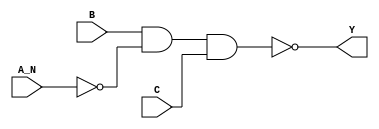
/*
 * Copyright 2020 The SkyWater PDK Authors
 *
 * Licensed under the Apache License, Version 2.0 (the "License");
 * you may not use this file except in compliance with the License.
 * You may obtain a copy of the License at
 *
 *     https://www.apache.org/licenses/LICENSE-2.0
 *
 * Unless required by applicable law or agreed to in writing, software
 * distributed under the License is distributed on an "AS IS" BASIS,
 * WITHOUT WARRANTIES OR CONDITIONS OF ANY KIND, either express or implied.
 * See the License for the specific language governing permissions and
 * limitations under the License.
 *
 * SPDX-License-Identifier: Apache-2.0
*/


`ifndef SKY130_FD_SC_HDLL__NAND3B_FUNCTIONAL_V
`define SKY130_FD_SC_HDLL__NAND3B_FUNCTIONAL_V

/**
 * nand3b: 3-input NAND, first input inverted.
 *
 * Verilog simulation functional model.
 */

`timescale 1ns / 1ps
`default_nettype none

`celldefine
module sky130_fd_sc_hdll__nand3b (
    Y  ,
    A_N,
    B  ,
    C
);

    // Module ports
    output Y  ;
    input  A_N;
    input  B  ;
    input  C  ;

    // Local signals
    wire not0_out   ;
    wire nand0_out_Y;

    //   Name   Output       Other arguments
    not  not0  (not0_out   , A_N            );
    nand nand0 (nand0_out_Y, B, not0_out, C );
    buf  buf0  (Y          , nand0_out_Y    );

endmodule
`endcelldefine

`default_nettype wire
`endif  // SKY130_FD_SC_HDLL__NAND3B_FUNCTIONAL_V